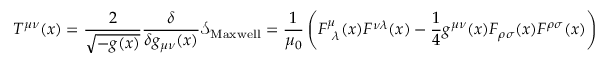
T ^ { \mu \nu } ( x ) = { \frac { 2 } { \sqrt { - g ( x ) } } } { \frac { \delta } { \delta g _ { \mu \nu } ( x ) } } { \mathcal { S } } _ { \mathrm { M a x w e l l } } = { \frac { 1 } { \mu _ { 0 } } } \left( F _ { { \mathrm { ~ } } \lambda } ^ { \mu } ( x ) F ^ { \nu \lambda } ( x ) - { \frac { 1 } { 4 } } g ^ { \mu \nu } ( x ) F _ { \rho \sigma } ( x ) F ^ { \rho \sigma } ( x ) \right)